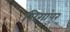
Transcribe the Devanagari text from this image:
सिगांपुर